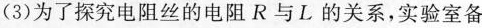
(3)为了探究电阻丝的电阻R与L的关系，实验室备